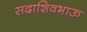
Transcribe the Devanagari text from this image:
सदाशिवभाऊ